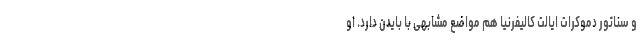
و سناتور دموکرات ایالت كالیفرنیا هم مواضع مشابهی با بایدن دارد. او